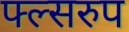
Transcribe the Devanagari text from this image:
फ्ल्सरुप